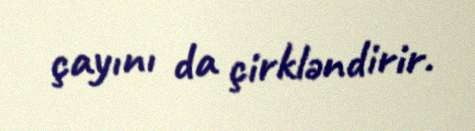
çayını da çirkləndirir.